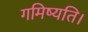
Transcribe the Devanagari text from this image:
गमिष्यति।